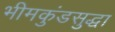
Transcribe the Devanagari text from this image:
भीमकुंडसुद्धा